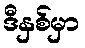
ဒီနှစ်မှာ